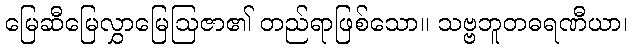
မြေဆီမြေလွှာမြေဩဇာ၏ တည်ရာဖြစ်သော။ သဗ္ဗဘူတဓရဏီယာ၊